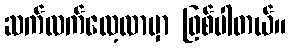
ဆက်လက်လေ့လာမှာ ဖြစ်ပါတယ်။